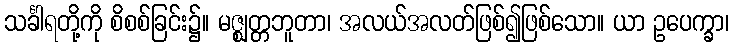
သင်္ခါရတို့ကို စိစစ်ခြင်း၌။ မဇ္ဈတ္တဘူတာ၊ အလယ်အလတ်ဖြစ်၍ဖြစ်သော။ ယာ ဥပေက္ခာ၊